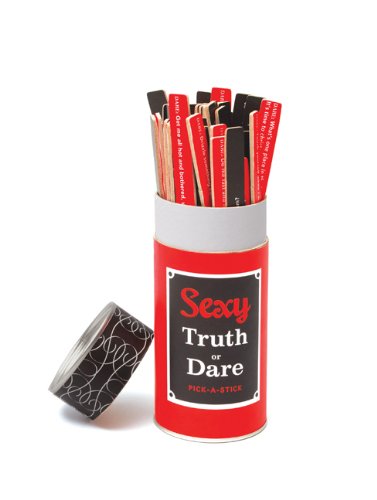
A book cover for Sexy Truth or Dare: Pick-A-Stick; Lynne Stanton; Science Fiction & Fantasy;